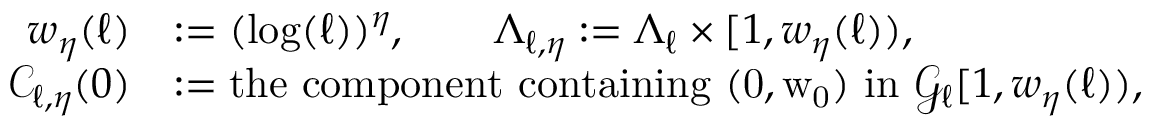
\begin{array} { r l } { w _ { \eta } ( \ell ) } & { : = ( \log ( \ell ) ) ^ { \eta } , \qquad \Lambda _ { \ell , \eta } : = \Lambda _ { \ell } \times [ 1 , w _ { \eta } ( \ell ) ) , } \\ { { \mathcal C } _ { \ell , \eta } ( 0 ) } & { : = \mathrm { t h e ~ c o m p o n e n t ~ c o n t a i n i n g ~ ( 0 , w _ 0 ) ~ i n ~ } { \mathcal G } _ { \ell } [ 1 , w _ { \eta } ( \ell ) ) , } \end{array}